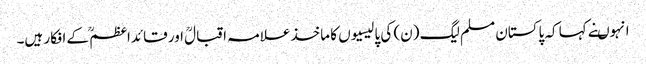
انہوںنے کہا کہ پاکستان مسلم لیگ (ن) کی پالیسیوں کا ماخذ علامہ اقبالؒ اور قائداعظمؒ کے افکار ہیں۔